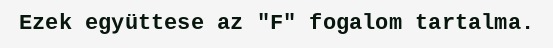
Ezek együttese az "F" fogalom tartalma.